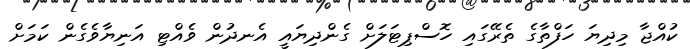
ކުއްޖާ މިދިޔަ ހަފްތާގެ ތެރޭގައި ހޮސްޕިޓަލަށް ގެންދިޔައީ އެނދުން ވެއްޓި އަނިޔާވެގެން ކަމަށް